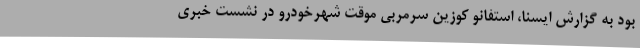
بود به گزارش ایسنا، استفانو کوزین سرمربی موقت شهرخودرو در نشست خبری